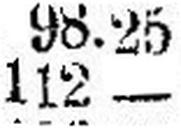
112 —